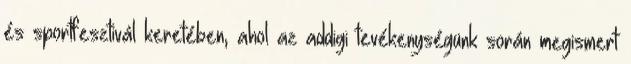
és sportfesztivál keretében, ahol az addigi tevékenységünk során megismert